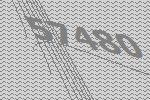
57480